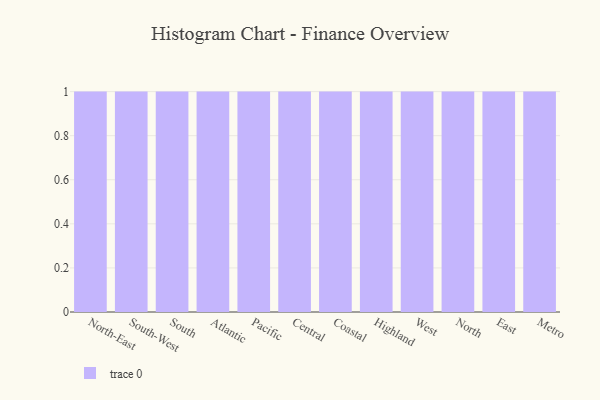
{"axis": {"x": "Region", "y": "Website Visitors"}, "legend": [""], "data": [{"x": "North-East", "y": 22, "type": ""}, {"x": "South-West", "y": 71, "type": ""}, {"x": "South", "y": 37, "type": ""}, {"x": "Atlantic", "y": 58, "type": ""}, {"x": "Pacific", "y": 58, "type": ""}, {"x": "Central", "y": 78, "type": ""}, {"x": "Coastal", "y": 66, "type": ""}, {"x": "Highland", "y": 2, "type": ""}, {"x": "West", "y": 25, "type": ""}, {"x": "North", "y": 37, "type": ""}, {"x": "East", "y": 95, "type": ""}, {"x": "Metro", "y": 10, "type": ""}]}